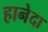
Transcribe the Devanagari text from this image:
हानेदा